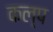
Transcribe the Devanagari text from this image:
कल्‍प